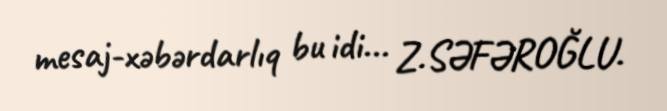
mesaj-xəbərdarlıq bu idi... Z.SƏFƏROĞLU.